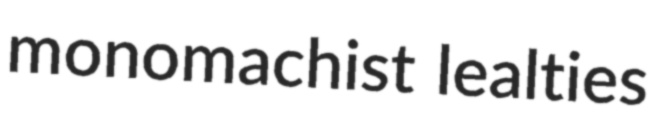
monomachist lealties